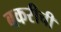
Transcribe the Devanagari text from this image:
बकरीची